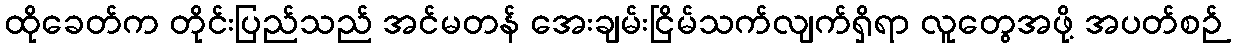
ထိုခေတ်က တိုင်းပြည်သည် အင်မတန် အေးချမ်းငြိမ်သက်လျက်ရှိရာ လူတွေအဖို့ အပတ်စဉ်